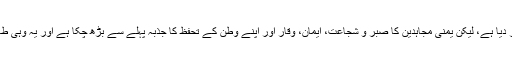
آل سعود اور اسکے اتحادیوں نے یمن کے مظلوموں کو ہر مادی چیز سے محروم کر دیا ہے، لیکن یمنی مجاہدین کا صبر و شجاعت، ایمان، وقار اور اپنے وطن کے تحفظ کا جذبہ پہلے سے بڑھ چکا ہے اور یہ وہی طاقت ہے جسکے سامنے آج نہیں تو کل آل سعود اور اسکے حواریوں کو جھکنا پڑیگا۔